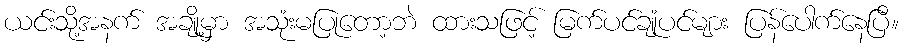
ယင်းသို့အနက် အချို့မှာ အသုံးမပြုတော့ဘဲ ထားသဖြင့် မြက်ပင်ချုံပင်များ ပြန်ပေါက်နေပြီ။